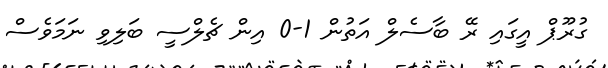
ގުރޫޕް އީގައި ރޭ ބާސެލް އަތުން 1-0 އިން ޗެލްސީ ބަލިވި ނަމަވެސް